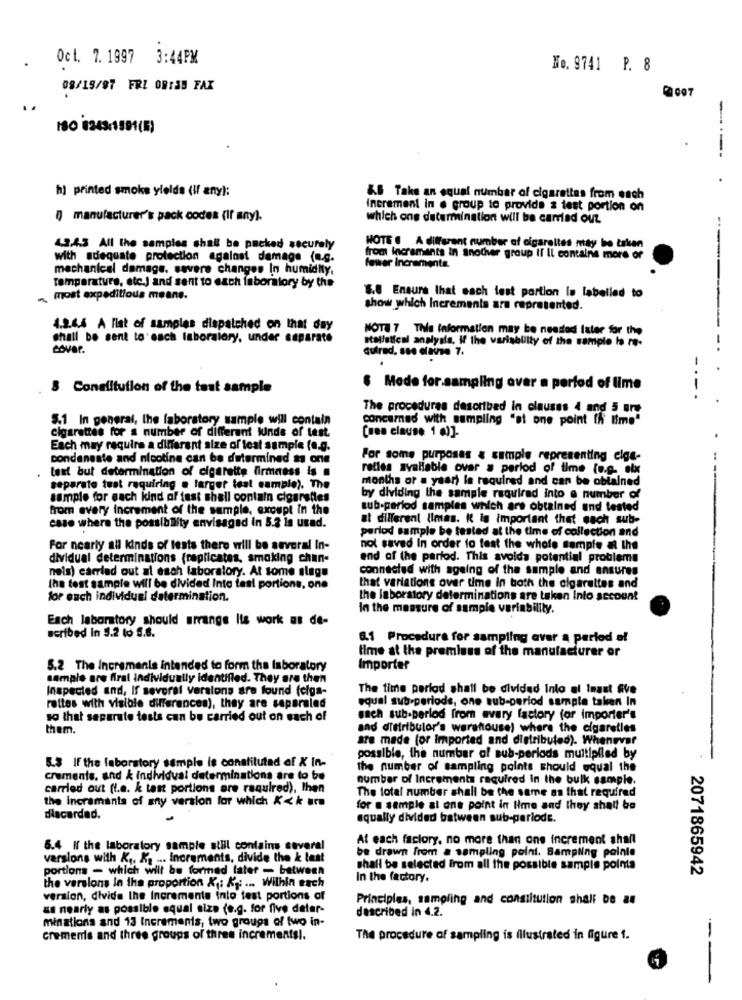
Oct. 7. 1997 3:44PM
No. 9741 P. 8
08/15/97 FRZ OR:35 FAX
180 8243-1591(R)
----
hj printed smoke yields (If any):
&6 Take an equal number of cigarettes from each
increment in . group to provide a test portion on
manufacturer's pack codes (If any).
which ons determination will be carried out
4.2.4.3 All the samples shall be packed securely
HOTE . A different number of cigarettes may be taken
with adequate protection against damage (e.g.
fewer Incremente
from increments in another group Il Il contains more of
mechanical damage. sovere changes In humidity.
Temperature, etc.) and sent to each faboratory by the
. most expeditious means.
S.8 Ensure that each test partion la labelled to
show which Increments are represented.
--------
4.2.6.4 A Flat of samples dispatched on that day
NOTE 7 This information may be neested Ister for the
shall be sent to each Inboralory, under separate
stelletical analysis, If the variability of the sample la re-
cover.
cutrad, sso elaine 7.
-.
8 Constitution of the test sample
6 Mode for sampling over a period of time
The procedures described In clauses 4 and 5 ore
5.1 In general, the laboratory sample will contain
concerned with sampling "at one point In time"
cigarettes for s number of different lunds of test.
[una clause 1 0)]-
Each may require a different size of lost sample (e.g.
condaneste and nicotine can be determined as one
For some purposes & simple representing elge-
test but determination of cigarette Firmness is .
relles available over a period of time (e.g. six
months or a ysari la required and can be obtained
separate test requiring a larger lest cambie). The
sample for each kind of test shall contain cigarsiles
by dividing the sample required into a number of
from every increment of the sample, except in the
sub-period samples which are obtained und tested
at different limes. K is important that each sub-
case where the possibility envisaged in 5.3 in uxad.
perlod sample be tested at the time of collection and
For nearly all kinds of tests there will be several In-
not saved In order to test the whole sample al the
dividual determinations (replicates, smoking chin-
end of the parfod. This avoida potential problems
nels) carried out al esch laboratory. At some slags
connected with ageing of the sample and ensures
the test sample will be divided Into test portions, one
that variations over time in both the cigarettes and
for each individual determination.
the laboratory determinations are taken Into account
in the measure of sample variability.
Each laboratory should arrange Its work as de-
serfbed In 5.2 to 5.6.
6.1 Procedure for sampling aver a period of
time at the premises of the manufacturer or
5.2 The Incremenis intended to form the laboratory
Importer
sample are firat Individually identified. They are then
Inspected and, If several versions are found felga-
The time period shall be divided into al Inast Ave
equal sub-periods, one sub-period sample taken In
rettes with visible differences), they are separaled
so that separate tests can be carried out on each of
sach sub-perlod from every factory for importer's
them.
and distributor's warehouse) where the cigaretles
are made for imported and distributed). Whenever
5.3 If the laboratory sample is conafilutad of X in-
possible, the number of sub-periods multiplied by
the number of sampling points should oqual the
crements, and & Individual determinations are to be
number of Increments required In the bulk sample.
carried out (i.e. k tant portions are required), then
The total number shall be the same as that required
the Incramanta of any version for which Kk are
for @ sample al one point in time and they shall be
discarded.
equally divided between sub-periode.
At each factory, no more than one increment shall
5.4 If the laboratory sample still contains several
be drawn from a sampling point. Sampling pointe
versions with K ,. K. ... Increments, divide the & last
portions - which will be formed later - between
shall be selected from all the possible sample poima
2071865942
In the factory.
the versions in the proportion &1: Kr ... Within each
version, divide the Incremente into test portions of
Principles, sampling and constitution shalf De an
as nearly as possible equal size (e.g. for five detar-
described in 4.2.
minations and 13 Increments, two groups of two in-
cremenis and three groups of three increments !.
The procedure of sampling is illustrated in figure 1.
--